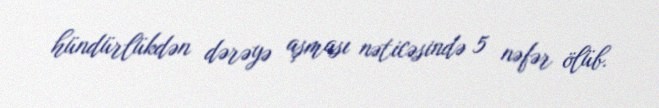
hündürlükdən dərəyə aşması nəticəsində 5 nəfər ölüb.